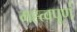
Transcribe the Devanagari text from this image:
मह्त्वपूण॑